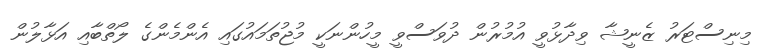
މިނިސްޓަރު ޒެނީޝާ ވިދާޅުވީ އުމުރުން ދުވަސްވީ މީހުންނަކީ މުޖުތަމައުގައި އެންމެންގެ ލޯތްބާއި އަޅާލުން